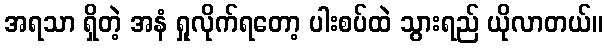
အရသာ ရှိတဲ့ အနံ ရှုလိုက်ရတော့ ပါးစပ်ထဲ သွားရည် ယိုလာတယ်။